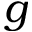
g